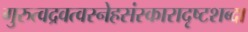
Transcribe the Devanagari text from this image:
गुरुत्वद्रवत्वस्नेहसंस्कारादृष्टशब्दा